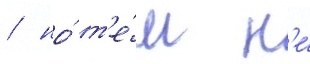
/ но́ т'е́м н'е́